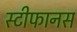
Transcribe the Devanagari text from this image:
स्टीफानस